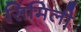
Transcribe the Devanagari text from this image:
सिमिली